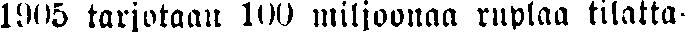
1905 tarjotaan 100 miljoonaa ruplaa tilatta-